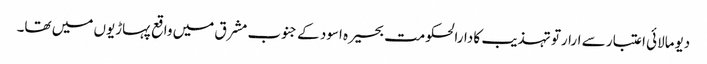
دیومالائی اعتبار سے ارارتو تہذیب کا دارالحکومت بحیرہ اسود کے جنوب مشرق میں واقع پہاڑیوں میں تھا۔